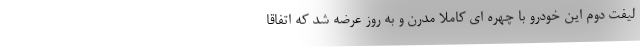
لیفت دوم این خودرو با چهره ای کاملا مدرن و به روز عرضه شد که اتفاقا